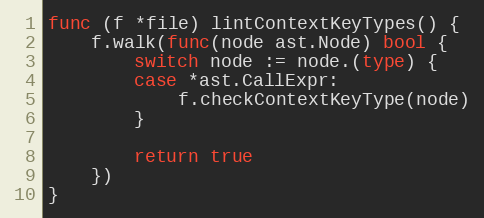
Language: Go
func (f *file) lintContextKeyTypes() {
	f.walk(func(node ast.Node) bool {
		switch node := node.(type) {
		case *ast.CallExpr:
			f.checkContextKeyType(node)
		}

		return true
	})
}